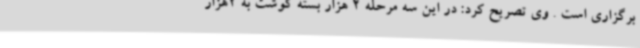
برگزاری است . وی تصریح کرد: در این سه مرحله 2 هزار بسته گوشت به 2هزار